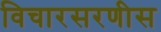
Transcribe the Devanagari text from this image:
विचारसरणीस